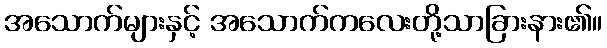
အသောက်များနှင့် အသောက်ကလေးတို့သာခြားနား၏။